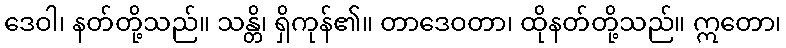
ဒေဝါ၊ နတ်တို့သည်။ သန္တိ၊ ရှိကုန်၏။ တာဒေဝတာ၊ ထိုနတ်တို့သည်။ ဣတော၊